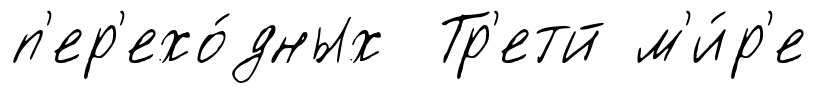
п'ер'ехо́дных Тр'етй м'и́р'е